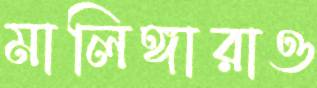
মালিঙ্গারাও